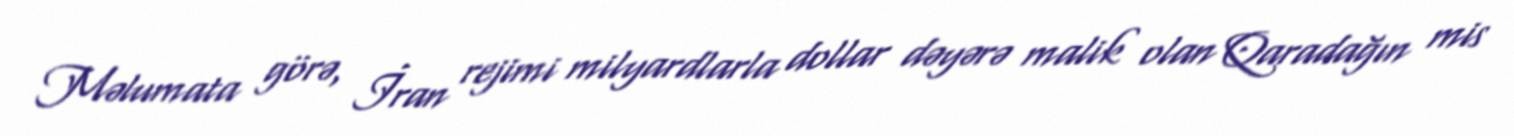
Məlumata görə, İran rejimi milyardlarla dollar dəyərə malik olan Qaradağın mis